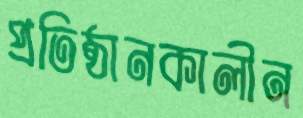
প্রতিষ্ঠানকালীন